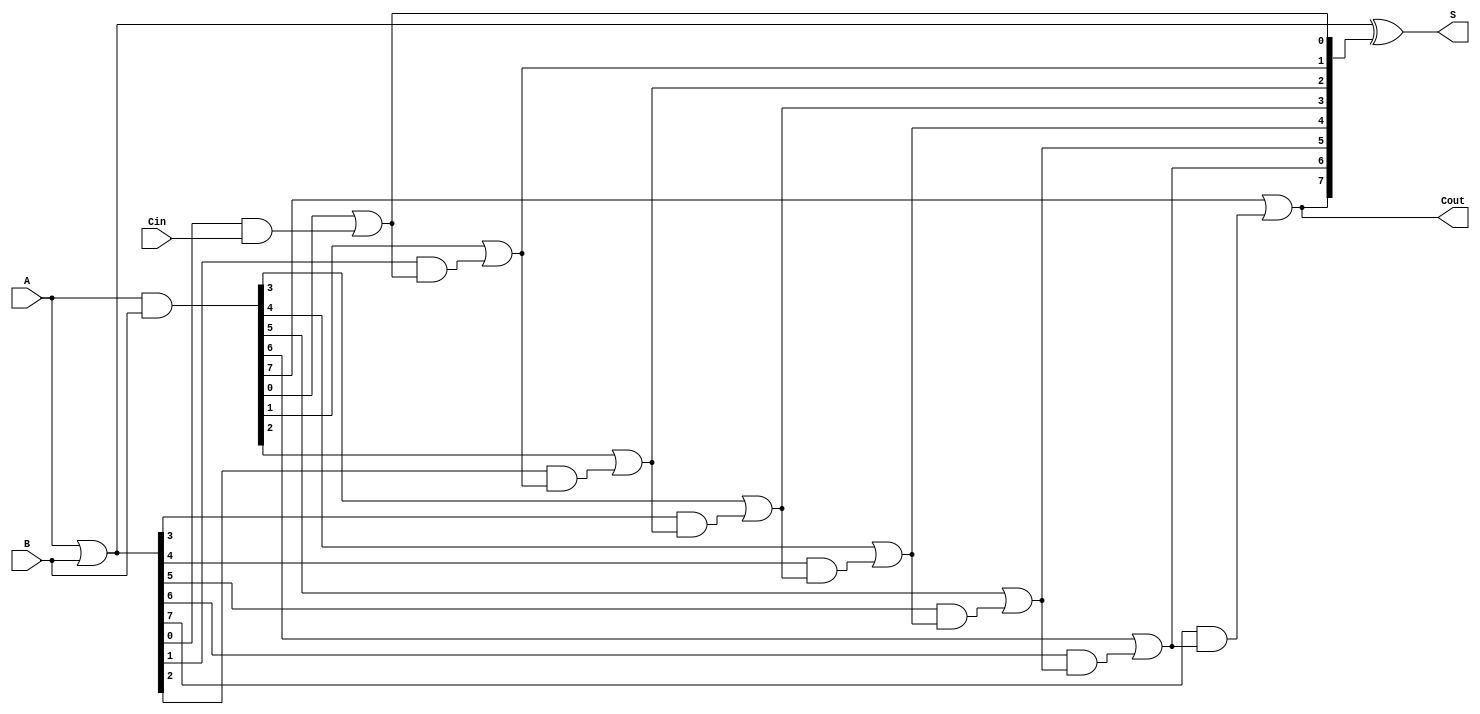
module ParallelPrefixAdder #(parameter N = 8) (
    input  [N-1:0] A,   // First n-bit input
    input  [N-1:0] B,   // Second n-bit input
    input          Cin,  // Carry-in
    output [N-1:0] S,    // n-bit sum output
    output         Cout   // Carry-out
);

    // Generate and propagate signals
    wire [N-1:0] G; // Generate
    wire [N-1:0] P; // Propagate
    wire [N:0] C;    // Carry signals

    assign G = A & B;
    assign P = A | B;

    // Level 0 carry signals
    assign C[0] = Cin;

    // Kogge-Stone Prefix Tree
    genvar i, j;
    generate
        // Compute carry signals in parallel
        for (i = 0; i < N; i = i + 1) begin : carry_gen
            assign C[i+1] = G[i] | (P[i] & C[i]);
        end
    endgenerate

    // Sum calculation
    assign S = P ^ C[N:1];

    // Final carry-out
    assign Cout = C[N];

endmodule